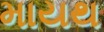
માયથ